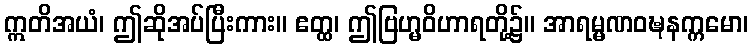
ဣတိအယံ၊ ဤဆိုအပ်ပြီးကား။ ဧတ္ထ၊ ဤဗြဟ္မဝိဟာရတို့၌။ အာရမ္မဏဝဍ္ဎနက္ကမော၊